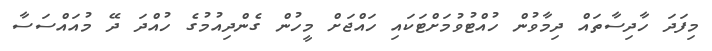
މިފަދަ ހާދިސާތައް ދިމާވުން ހުއްޓުވުމަށްޓަކައި ހައްޖަށް މީހުން ގެންދިއުމުގެ ހުއްދަ ދޭ މުއައްސަސާ